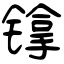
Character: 镎